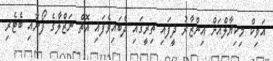
އަވިކް މިކިޔާލްއަށް އިންޒާރު ދީފައި ތިރީގައި ދެބައިވެފައި އޮތް ނަޒްލާގެ ފޯނާއި ބެޓެރި